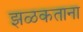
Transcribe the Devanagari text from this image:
झळकताना